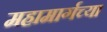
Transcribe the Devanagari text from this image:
महामार्गच्या